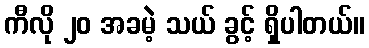
ကီလို ၂၀ အခမဲ့ သယ် ခွင့် ရှိပါတယ်။